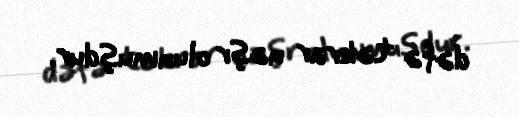
dəfə təkrar nəşr olunmuşdur.